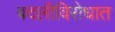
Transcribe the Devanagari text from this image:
बदलीविरोधात